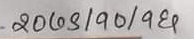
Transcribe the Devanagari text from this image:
२o७४/१o/१e६५